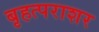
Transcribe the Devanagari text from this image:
बृहत्पराशर